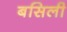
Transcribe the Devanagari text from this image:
बसिली